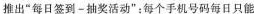
推出”每日签到-抽奖活动”；每个手机号码每日只能